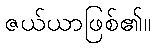
ဇယ်ယာဖြစ်၏။